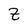
Character: z